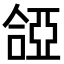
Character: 𠼞